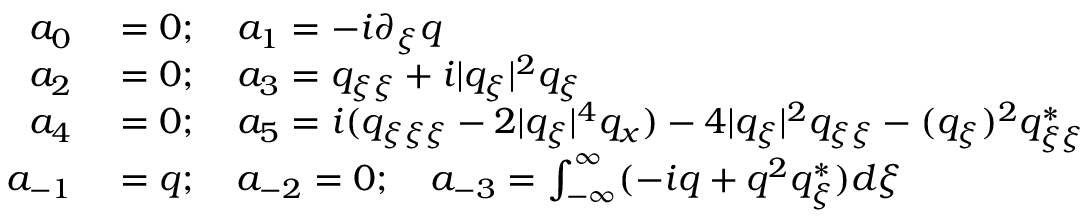
\begin{array} { r l } { a _ { 0 } } & { { } = 0 ; \quad a _ { 1 } = - i \partial _ { \xi } q } \\ { a _ { 2 } } & { { } = 0 ; \quad a _ { 3 } = q _ { \xi \xi } + i | q _ { \xi } | ^ { 2 } q _ { \xi } } \\ { a _ { 4 } } & { { } = 0 ; \quad a _ { 5 } = i ( q _ { \xi \xi \xi } - 2 | q _ { \xi } | ^ { 4 } q _ { x } ) - 4 | q _ { \xi } | ^ { 2 } q _ { \xi \xi } - ( q _ { \xi } ) ^ { 2 } q _ { \xi \xi } ^ { * } } \\ { a _ { - 1 } } & { { } = q ; \quad a _ { - 2 } = 0 ; \quad a _ { - 3 } = \int _ { - \infty } ^ { \infty } ( - i q + q ^ { 2 } q _ { \xi } ^ { * } ) d \xi } \end{array}